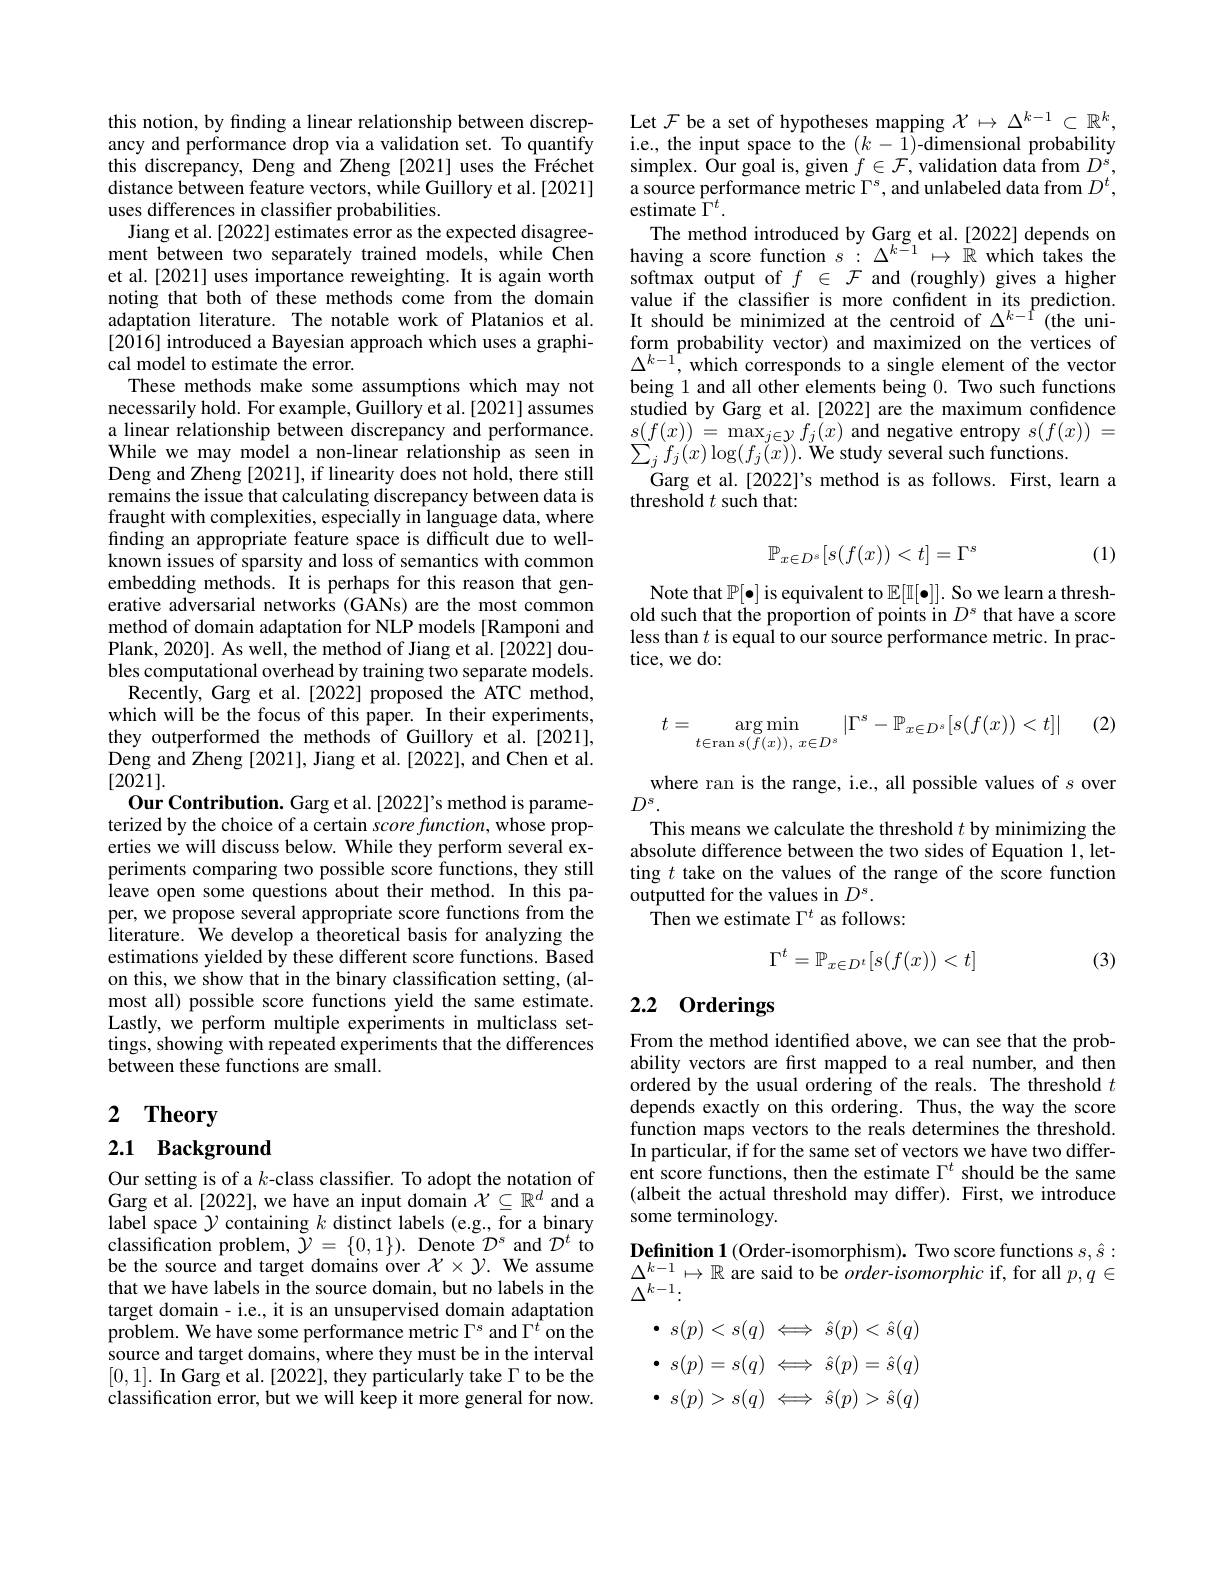
this notion, by finding a linear relationship between discrepancy and performance drop via a validation set. To quantify this discrepancy, Deng and Zheng [2021] uses the Fréchet distance between feature vectors, while Guillory et al.[2021] uses differences in classifier probabilities.
Jiang et al. [2022] estimates error as the expected disagreement between two separately trained models, while Chen et al.[2021] uses importance reweighting. It is again worth noting that both of these methods come from the domain adaptation literature. The notable work of Platanios et al. [2016] introduced a Bayesian approach which uses a graphical model to estimate the error.
These methods make some assumptions which may not necessarily hold. For example, Guillory et al. [2021] assumes a linear relationship between discrepancy and performance. While we may model a non-linear relationship as seen in Deng and Zheng [2021], if linearity does not hold, there still remains the issue that calculating discrepancy between data is fraught with complexities, especially in language data, where finding an appropriate feature space is difficult due to wellknown issues of sparsity and loss of semantics with common embedding methods. It is perhaps for this reason that generative adversarial networks (GANs) are the most common method of domain adaptation for NLP models [Ramponi and Plank, 2020]. As well, the method of Jiang et al.[2022] doubles computational overhead by training two separate models.
Recently, Garg et al.[2022] proposed the ATC method, which will be the focus of this paper. In their experiments, they outperformed the methods of Guillory et al.[2021], Deng and Zheng [2021], Jiang et al. [2022], and Chen et al. [2021].
Our Contribution. Garg et al.[2022]'s method is parameterized by the choice of a certain score function, whose properties we will discuss below. While they perform several experiments comparing two possible score functions, they still leave open some questions about their method. In this paper, we propose several appropriate score functions from the literature. We develop a theoretical basis for analyzing the estimations yielded by these different score functions. Based on this, we show that in the binary classification setting, (almost all) possible score functions yield the same estimate. Lastly, we perform multiple experiments in multiclass settings, showing with repeated experiments that the differences between these functions are small.

# 2 $\mathbf{Theory}$

2.1 Background

Our setting is of a $k$-class classifier. To adopt the notation of Garg et al.[2022], we have an input domain $\mathcal{X}\subseteq\mathbb{R}^d$ and a label space $\mathcal{Y}$ containing $k$ distinct labels (e.g., for a binary $\begin{array}{l}{\text{classification problem, }\tilde{\mathcal{Y}}=\{0,1\}).~\mathrm{Denote~}\tilde{\mathcal{D}}^{s}~\mathrm{and~}\mathcal{D}^{t}~\mathrm{to}}\\{\text{be the source and target domains over }\mathcal{X}\times\mathcal{Y}.~\mathrm{We~assume}}\end{array}$ that we have labels in the source domain, but no labels in the target domain- i.e., it is an unsupervised domain adaptation problem. We have some performance metric $\Gamma^{s}$ and $\Gamma^{\hat{t}}$ on the source and target domains, where they must be in the interval [0,1]. In Garg et al. [2022], they particularly take $\Gamma$ to be the classification error, but we will keep it more general for now.

Let $\mathcal{F}$ be a set of hypotheses mapping $\mathcal{X}\mapsto\Delta^k-1\subset\mathbb{R}^k$, i.e., the input space to the $(k-1)$-dimensional probability $\begin{array}{l}{\mathrm{simplex.~Our~goal~is,~given~}f\in\mathcal{F},~\text{validation data from }D^{s},}\\{\mathrm{a~source~performance~metric~}\Gamma^{s},~\mathrm{and~unlabeled~data~from~}D^{t},}\end{array}$ estimate $\tilde{\Gamma}^t.$
The method introduced by Garg et al.[2022] depends on having a score function $s:\Delta^{k-1}\mapsto\mathbb{R}$ which takes the softmax output of $f\in\mathcal{F}$ and (roughly) gives a higher value if the classifier is more confident in its prediction. It should be minimized at the centroid of $\Delta^{k-1}$ (the uniform probability vector) and maximized on the vertices of $\Delta^{k-1}$,which corresponds to a single element of the vector being 1 and all other elements being 0. Two such functions studied by Garg et al.[2022] are the maximum confidence $s(f(x))\stackrel{\sim}{=}\operatorname*{max}_{j\in\mathcal{Y}}f_{j}(x)$ and negative entropy $s(f(x))=$ $\sum_{j}f_{j}(x)\log(f_{j}(x)).$ We study several such functions.
Garg et al.[2022]'s method is as follows. First, learn a
threshold $t$ such that:

(1)
$$\mathbb{P}_{x\in D^s}[s(f(x))<t]=\Gamma^s$$
Note that $\mathbb{P}[\bullet]$ is equivalent to $\mathbb{E}[\mathbb{I}[\bullet]].$ So we learn a threshold such that the proportion of points in $D^s$ that have a score less than $t$ is equal to our source performance metric. In practice, we do:

(2)
$$t=\underset{t\in\operatorname{ran}s(f(x)),\:x\in D^s}{\arg\min}|\Gamma^s-\mathbb{P}_{x\in D^s}[s(f(x))<t]|$$
where ran is the range, i.e., all possible values of $s$ over
$D^{s}.$
This means we calculate the threshold $t$ by minimizing the absolute difference between the two sides of Equation 1, letting $t$ take on the values of the range of the score function outputted for the values in $D^{\mathrm{s}}.$
Then we estimate $\Gamma^t$ as follows:
$$\Gamma^t=\mathbb{P}_{x\in D^t}[s(f(x))<t]$$
(3)

# 2.2 Orderings

From the method identified above, we can see that the probability vectors are first mapped to a real number, and then ordered by the usual ordering of the reals. The threshold $t$ depends exactly on this ordering. Thus, the way the score function maps vectors to the reals determines the threshold. In particular, if for the same set of vectors we have two different score functions, then the estimate $\Gamma^t$ should be the same (albeit the actual threshold may differ). First, we introduce some terminology.

$\textbf{Definition1}($Order-isomorphism). Two score functions $s,\hat{s}:$ $\Delta^{k-1}\mapsto\mathbb{R}$ are said to be $order-isomorphic$ if, for all $p,q\in$ $\Delta^{k-1}\colon$

$\bullet$ $s( p) < s( q) \Longleftrightarrow \hat{s} ( p) < \hat{s} ( q)$ $\bullet$ $s( p) = s( q)$ $\Longleftrightarrow$ $\hat{s} ( p) = \hat{s} ( q)$ $\bullet$ $s( p) > s( q) \Longleftrightarrow \hat{s} ( p) > \hat{s} ( q)$